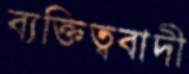
ব্যক্তিত্ববাদী